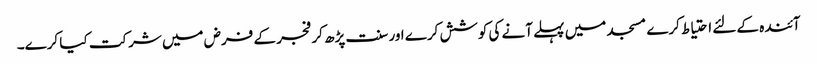
آئندہ کے لئے احتیاط کرے مسجد میں پہلے آنے کی کوشش کرے اور سنت پڑھ کر فجر کے فرض میں شرکت کیا کرے۔